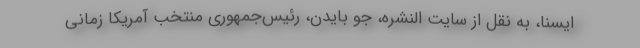
ایسنا، به نقل از سایت النشره، جو بایدن، رئیس‌جمهوری منتخب آمریکا زمانی